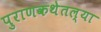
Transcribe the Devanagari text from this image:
पुराणकथेतल्या